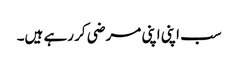
سب اپنی اپنی مرضی کر رہے ہیں۔